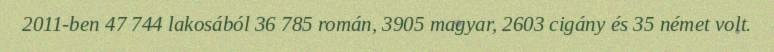
2011-ben 47 744 lakosából 36 785 román, 3905 magyar, 2603 cigány és 35 német volt.